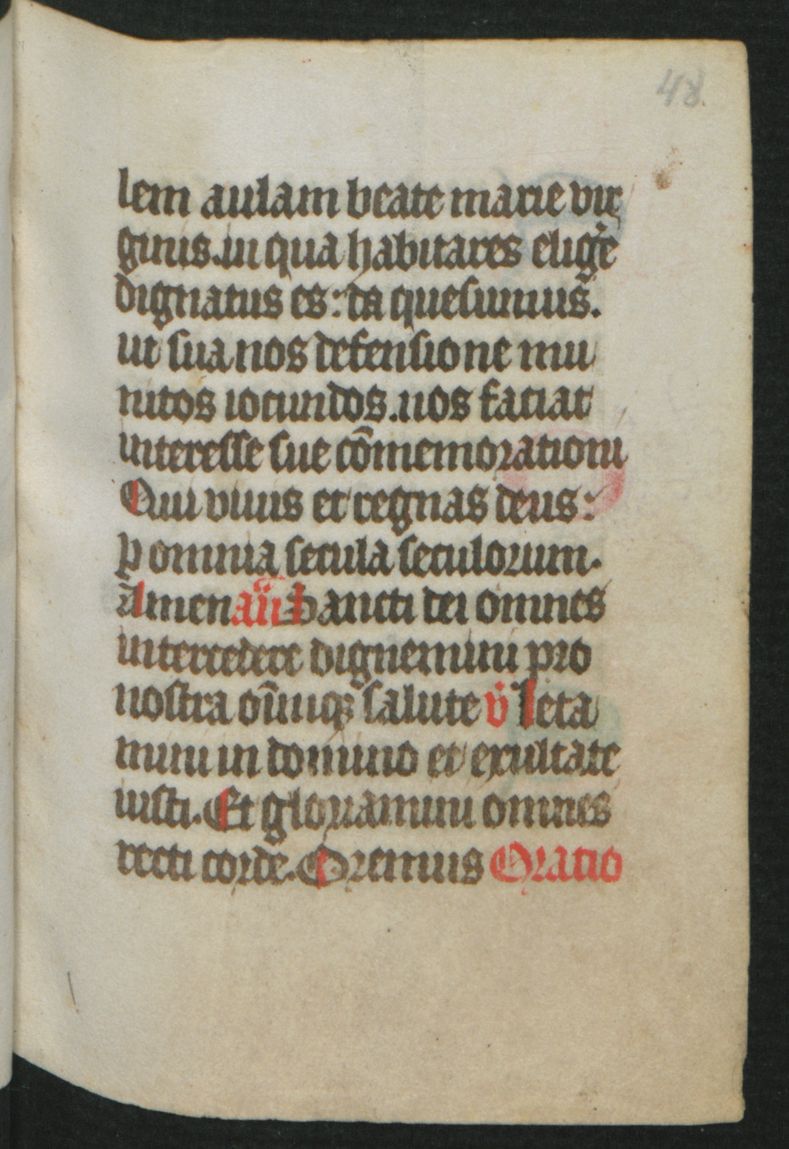
Shelfmark: Berlin, Staatsbibliothek, Hdschr. 25
Century: 15